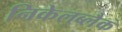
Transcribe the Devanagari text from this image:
निकेलब्लैक